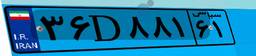
۳۶D۸۸۱۶۱